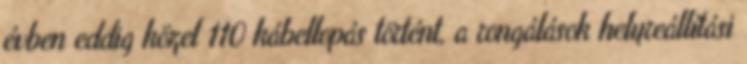
évben eddig közel 110 kábellopás történt, a rongálások helyreállítási